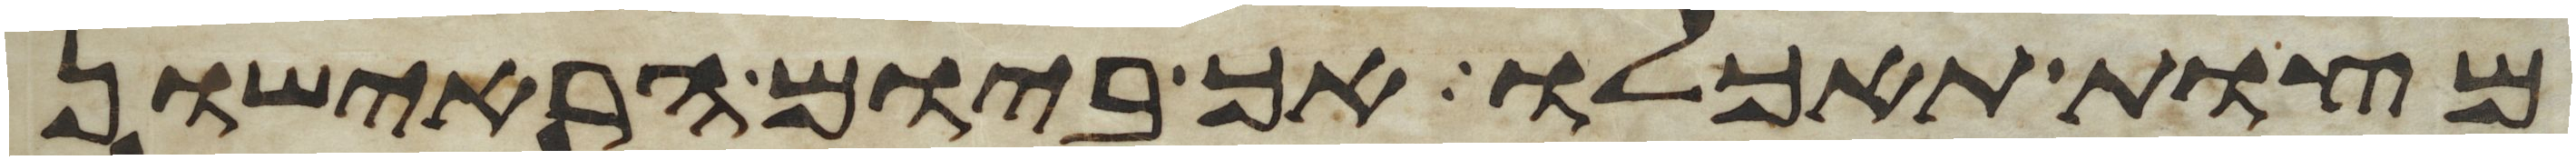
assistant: מצות תאכלו אך ביום הראישון